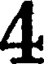
4